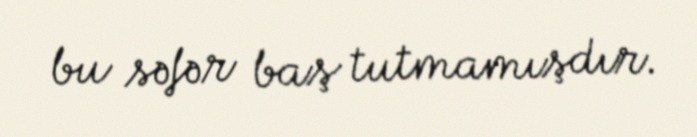
bu səfər baş tutmamışdır.